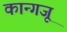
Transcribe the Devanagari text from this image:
कान्गजू